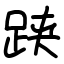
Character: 𬦯